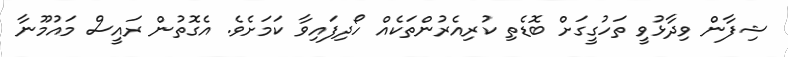
ޝިފާން ވިދާޅުވީ ތަހުގީގަށް ބޮޑެތި ކުރިއެރުންތަކެއް ހޯދިފައިވާ ކަމަށެވެ. އެގޮތުން ރައީސް މައުމޫނާ